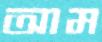
আম